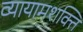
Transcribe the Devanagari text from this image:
व्यायामशक्ति